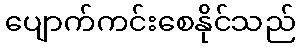
ပျောက်ကင်းစေနိုင်သည်